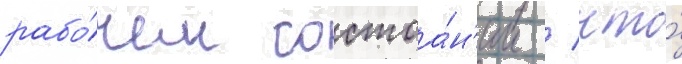
рабо́чем состоа́н'ии / что́